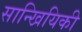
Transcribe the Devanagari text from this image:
सान्खियिकी